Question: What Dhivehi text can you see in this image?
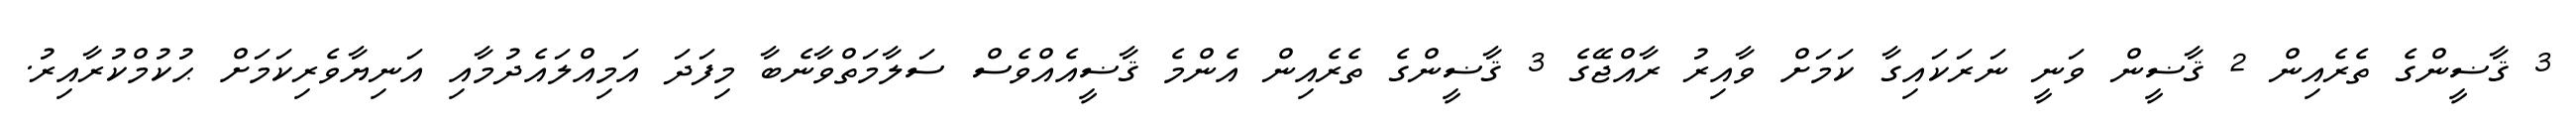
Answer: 3 ޤާޟީންގެ ތެރެއިން 2 ޤާޟީން ވަނީ ނަރަކައިގާ ކަމަށް ވާއިރު ރާއްޖޭގެ 3 ޤާޟީންގެ ތެރެއިން އެންމެ ޤާޟީއެއްވެސް ސަލާމަތްވާނެބާ މިފަދަ އަމިއްލައެދުމާއި އަނިޔާވެރިކަމަށް ޙުކުމްކުރާއިރު.